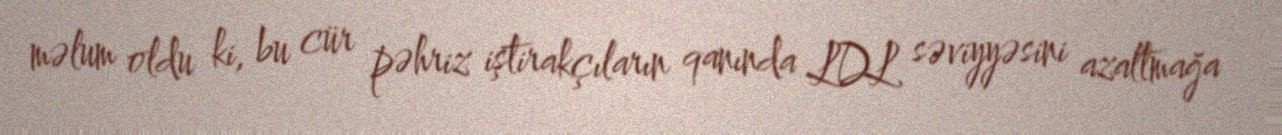
məlum oldu ki, bu cür pəhriz iştirakçıların qanında LDL səviyyəsini azaltmağa